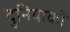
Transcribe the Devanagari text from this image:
दुनियाको